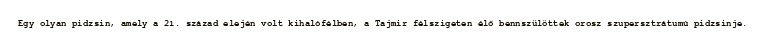
Egy olyan pidzsin, amely a 21. század elején volt kihalófélben, a Tajmir félszigeten élő bennszülöttek orosz szupersztrátumú pidzsinje.